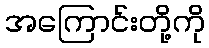
အကြောင်းတို့ကို